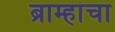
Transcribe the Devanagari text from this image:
ब्राम्हांचा